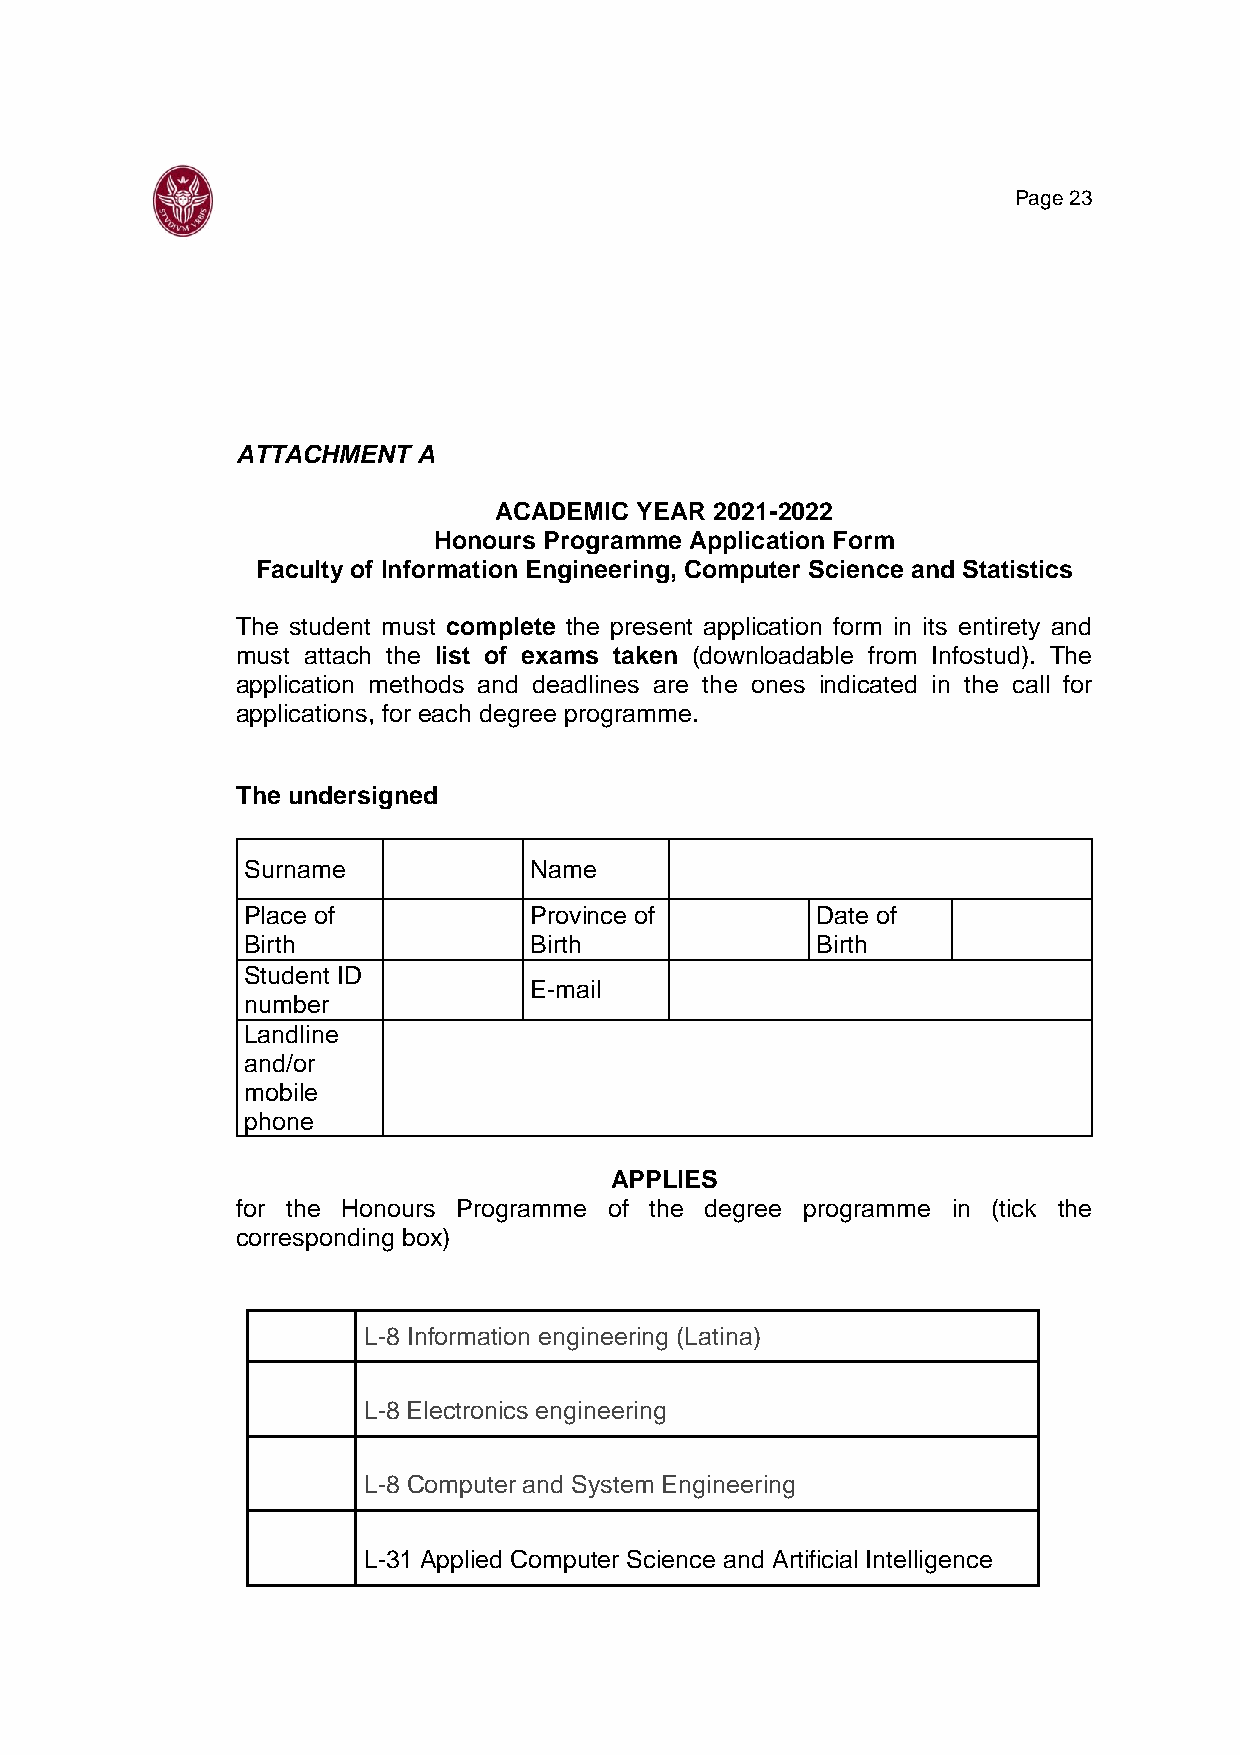
Page 23
 ATTACHMENT  A
 ACADEMIC YEAR 2021-2022
 Honours Programme Application Form
 Faculty of Information Engineering, Computer Science and Statistics
 The student must complete the present application form in its entirety and
 must attach the list of exams taken (downloadable from Infostud). The
 application methods and deadlines are the ones indicated in the call for
 applications, for each degree programme.
 The undersigned
 Surname            Name
 Place of           Province of        Date of
 Birth              Birth              Birth
 Student ID
 E-mail
 number
 Landline
 and/or
 mobile
 phone
 APPLIES
 for the Honours Programme of the degree programme in (tick the
 corresponding box)
 L-8 Information engineering (Latina)
 L-8 Electronics engineering
 L-8 Computer and System Engineering
 L-31 Applied Computer Science and Artificial Intelligence